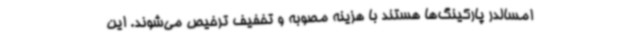
امسالدر پارکینگ‌ها هستند با هزینه مصوبه و تخفیف ترخیص می‌شوند. این